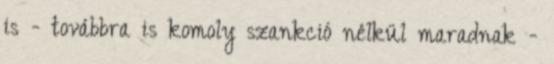
is - továbbra is komoly szankció nélkül maradnak -